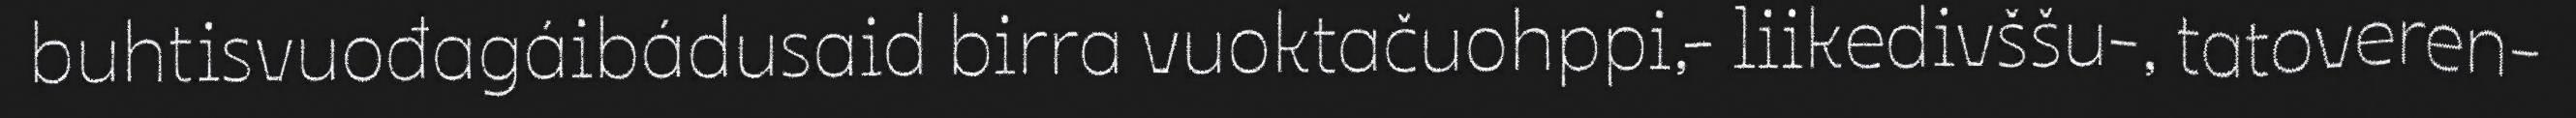
buhtisvuođagáibádusaid birra vuoktačuohppi,- liikedivššu-, tatoveren-